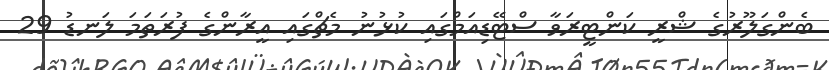
ބެންގަލޫރުގެ ޝްރީ ކަންޓީރަވާ ސްޓޭޑިއަމްގައި ކުޅުނު މެޗްގައި އީރާންގެ ފުރަތަމަ ލަނޑު 29